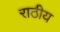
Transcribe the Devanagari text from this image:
राठीय